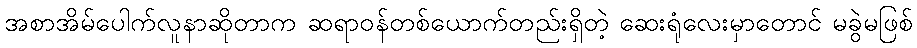
အစာအိမ်ပေါက်လူနာဆိုတာက ဆရာဝန်တစ်ယောက်တည်းရှိတဲ့ ဆေးရုံလေးမှာတောင် မခွဲမဖြစ်